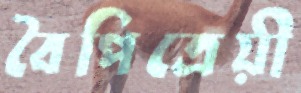
বৈপিত্রেয়ী